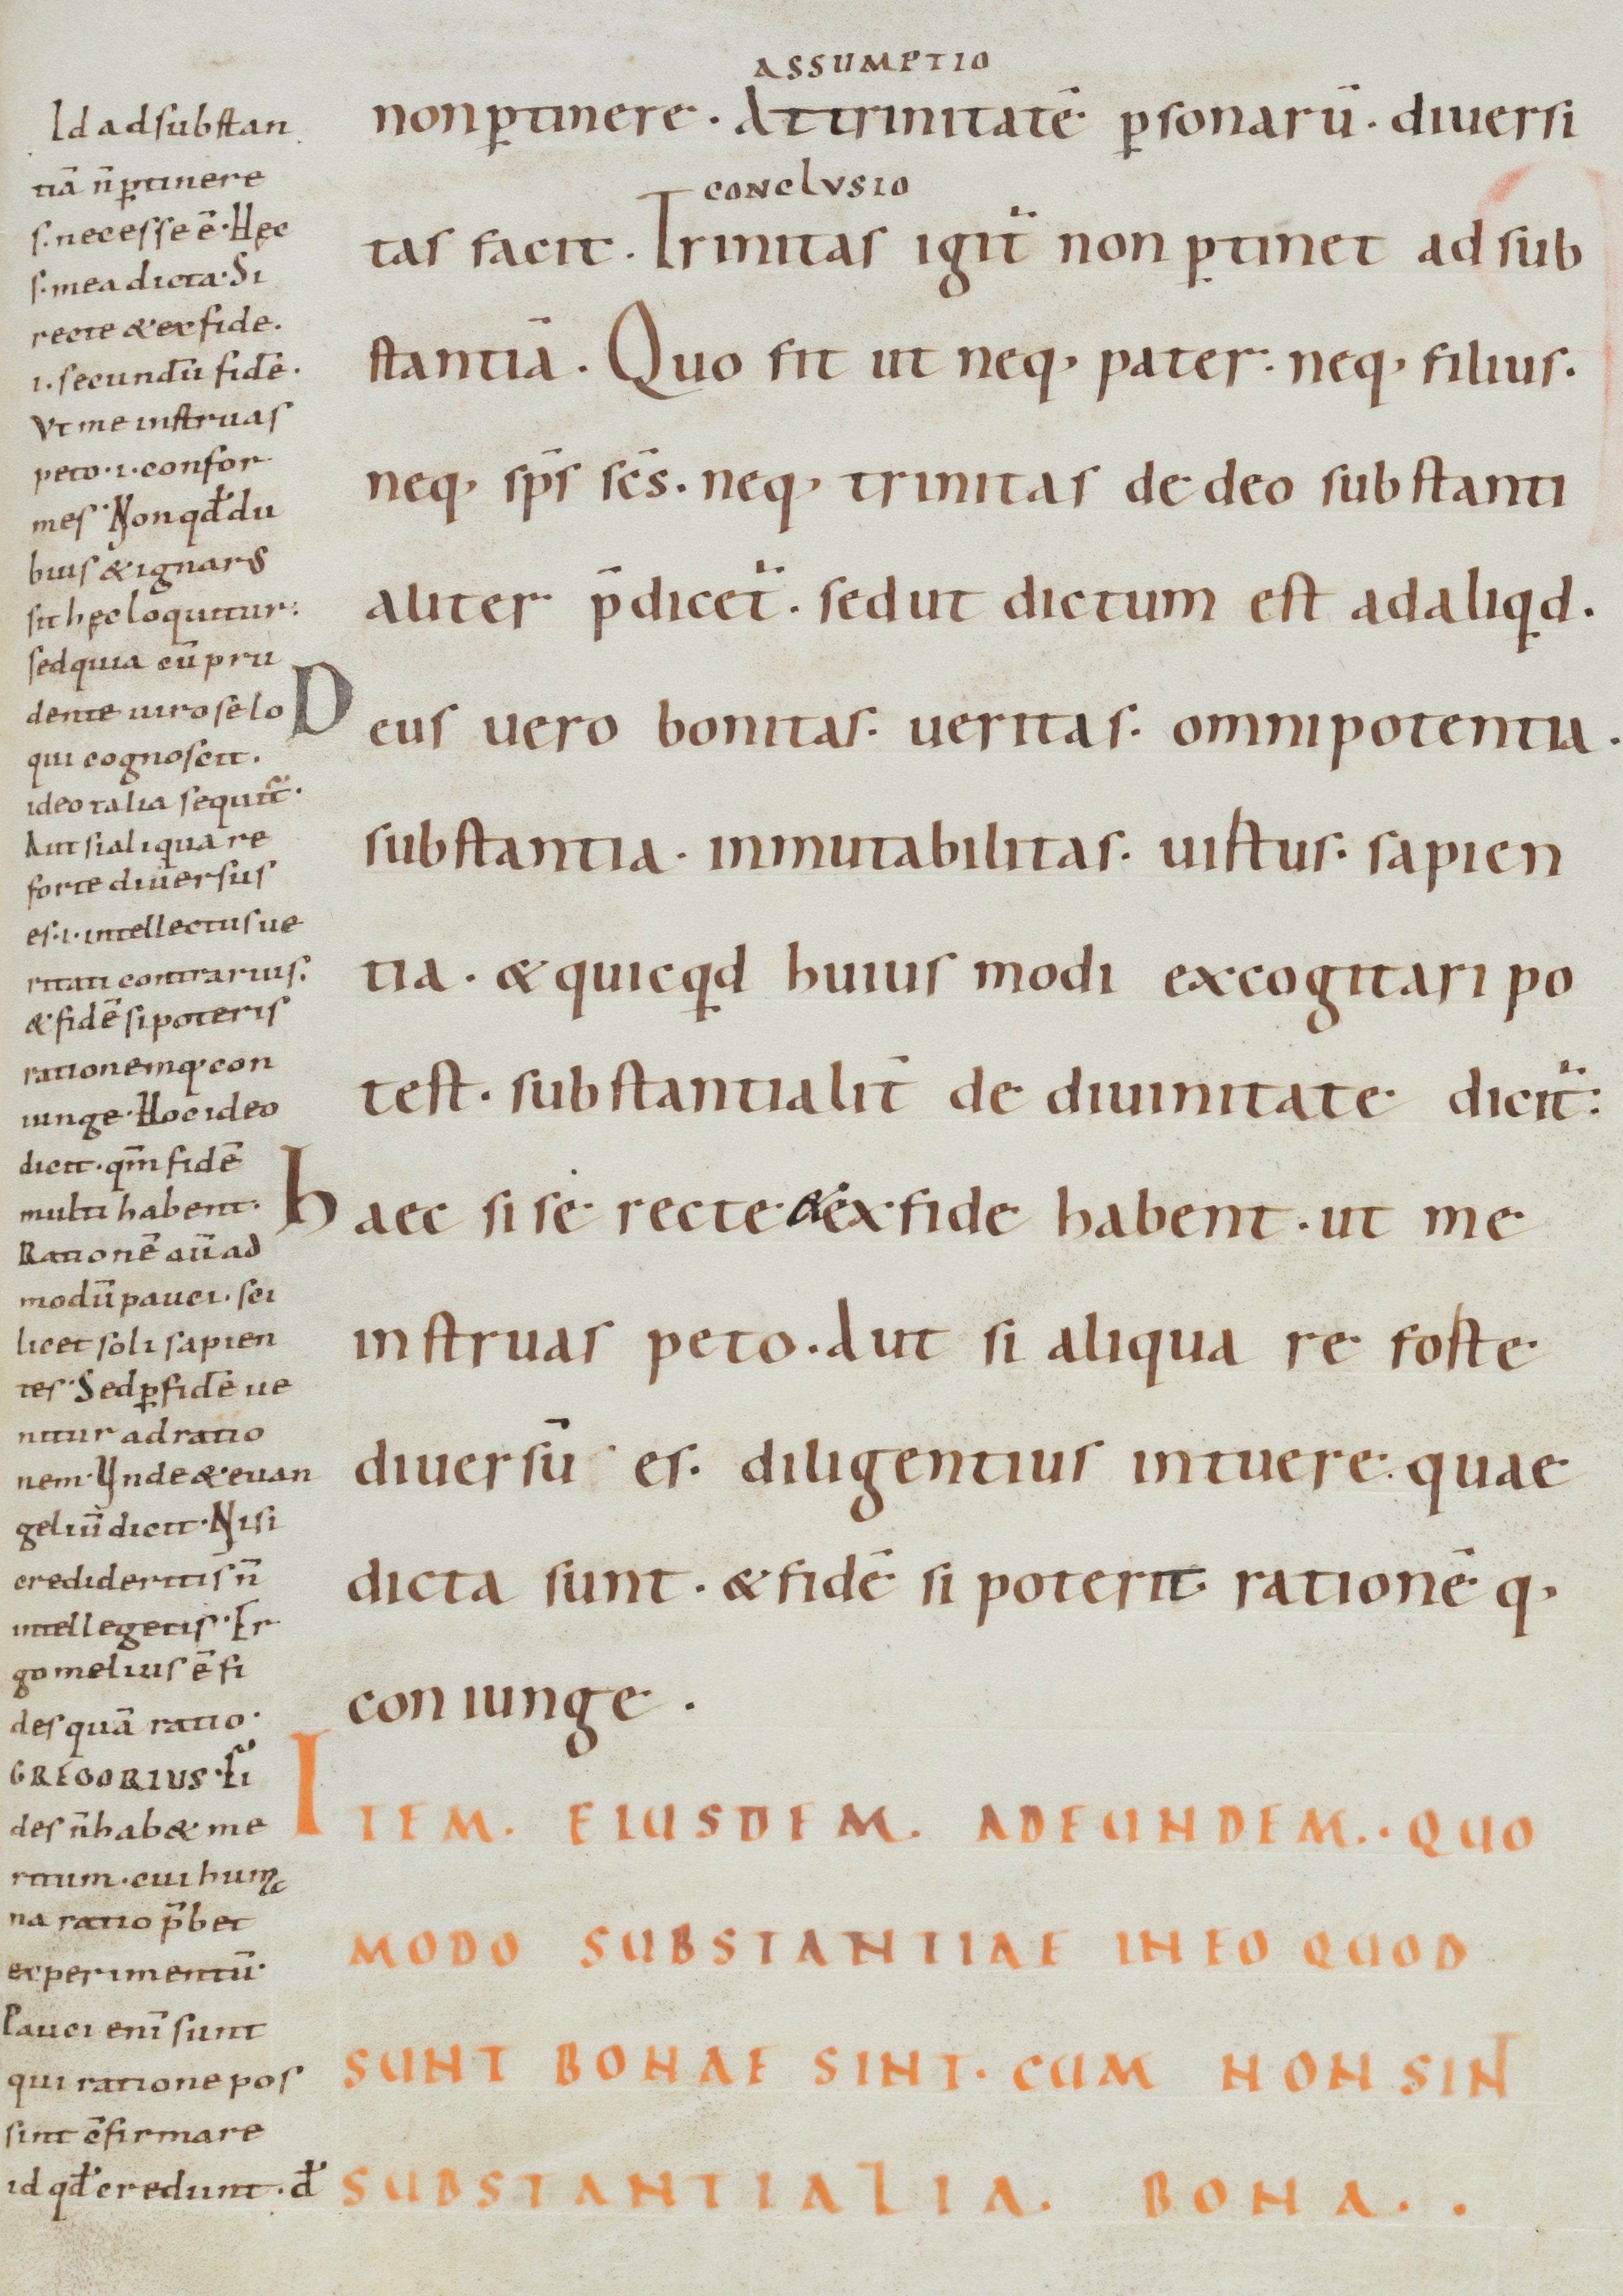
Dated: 900–999